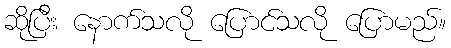
ဆိုပြီး နောက်သလို ပြောင်သလို ပြောမည်။